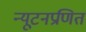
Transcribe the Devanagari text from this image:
न्यूटनप्रणित